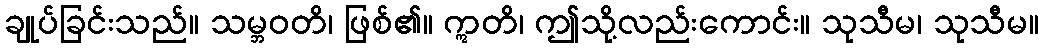
ချုပ်ခြင်းသည်။ သမ္ဘဝတိ၊ ဖြစ်၏။ ဣတိ၊ ဤသို့လည်းကောင်း။ သုသီမ၊ သုသီမ။